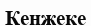
Кенжеке